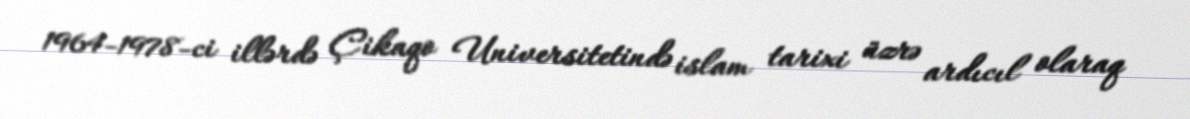
1964-1978-ci illərdə Çikaqo Universitetində islam tarixi üzrə ardıcıl olaraq